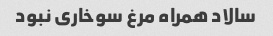
سالاد همراه مرغ سوخاری نبود